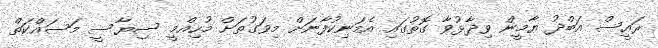
ރައީސް އަބްދު ޔާމީން ވިދާޅުވާ ގޮތުގައި އެމަނިކުފާނަށް މިވަގުތަށް މުހިއްމީ ސިޔާސީ މަސައްކަތް